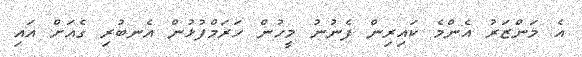
އެ މަންޒަރު އެންމެ ކައިރިން ފެނުނު މީހުން ހަރަމްފުޅުން އެނބުރި ގެއަށް އައި